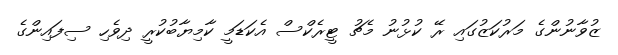
ޒުވާނުންގެ މަރުކަޒުގައި ރޭ ކުޅުނު މެޗު ޓީރެކްސް އެކަޑަމީ ކާމިޔާބުކުރީ ދިވެހި ސިފައިންގެ